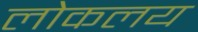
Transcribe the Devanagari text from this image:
लोकलय